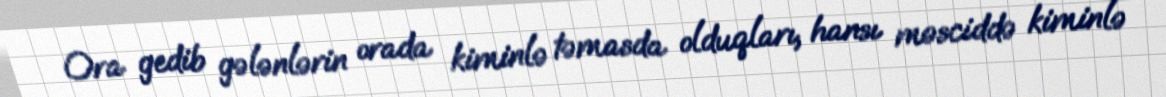
Ora gedib gələnlərin orada kiminlə təmasda olduqları, hansı məsciddə kiminlə